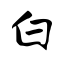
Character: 白